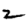
Digit: 2